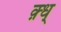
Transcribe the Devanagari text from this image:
क़्ध्